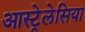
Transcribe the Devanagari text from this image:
आस्ट्रेलेसिया